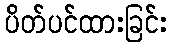
ပိတ်ပင်ထားခြင်း